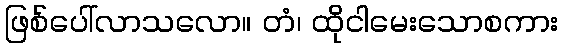
ဖြစ်ပေါ်လာသလော။ တံ၊ ထိုငါမေးသောစကား